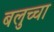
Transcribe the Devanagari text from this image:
बलुच्चा